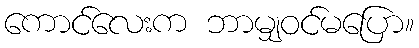
ကောင်လေးက ဘာမျှဝင်မပြော။